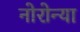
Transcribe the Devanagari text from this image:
नोरोन्या